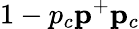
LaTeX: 1-p_{c}\le p^{+}\le p_{c}